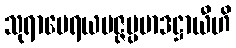
သုရာမေရယမဇ္ဇပ္ပမာဒဋ္ဌာယီဟိ